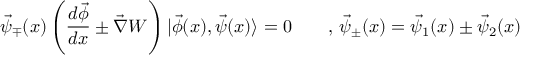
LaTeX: \vec { \psi } _ { \mp } ( x ) \left( \frac { d \vec { \phi } } { d x } \pm \vec { \nabla } W \right) | \vec { \phi } ( x ) , \vec { \psi } ( x ) \rangle = 0 \qquad , \, \vec { \psi } _ { \pm } ( x ) = \vec { \psi } _ { 1 } ( x ) \pm \vec { \psi } _ { 2 } ( x )